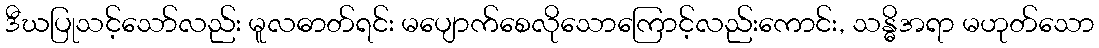
ဒီဃပြုသင့်သော်လည်း မူလဓာတ်ရင်း မပျောက်စေလိုသောကြောင့်လည်းကောင်း, သန္ဓိအရာ မဟုတ်သော